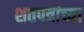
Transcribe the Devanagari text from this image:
शतपत्रांच्या